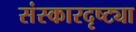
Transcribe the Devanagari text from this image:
संस्कारदृष्ट्या